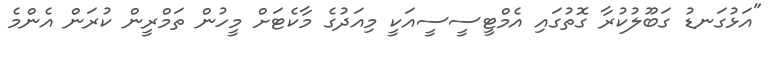
"އަޅުގަނޑު ގަބޫލުކުރާ ގޮތުގައި އެމްޓީސީސީއަކީ މިއަދުގެ މާކެޓަށް މީހުން ތަމްރީން ކުރަން އެންމެ